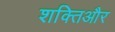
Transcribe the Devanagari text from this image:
शक्तिऔर